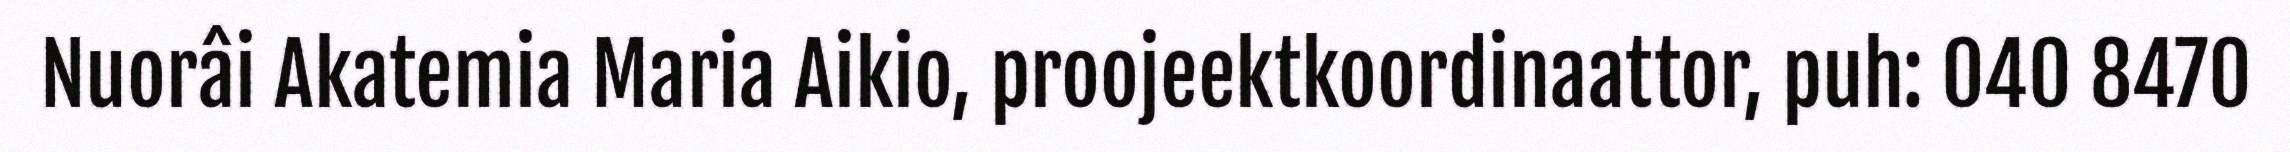
Nuorâi Akatemia Maria Aikio, proojeektkoordinaattor, puh: 040 8470